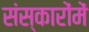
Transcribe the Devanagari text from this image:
संस्कारोंमें